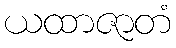
ယထာဇာတံ